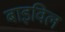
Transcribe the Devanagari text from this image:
बाइविल